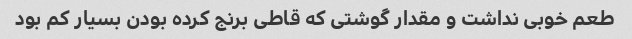
طعم خوبی نداشت و مقدار گوشتی که قاطی برنج کرده بودن بسیار کم بود